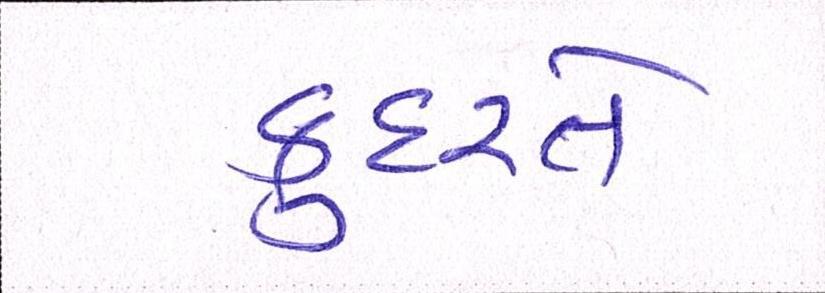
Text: કુદરતે